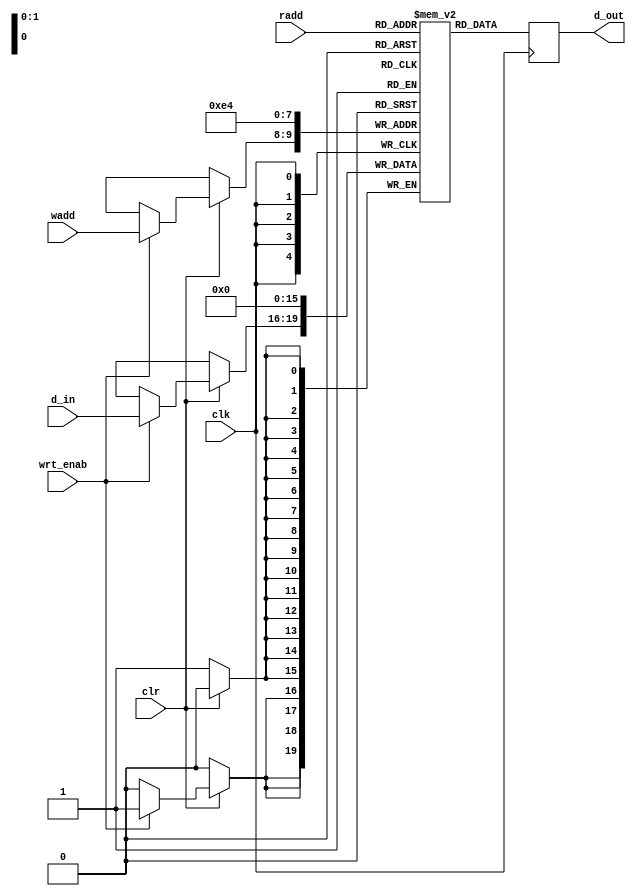
`timescale 1ns / 1ps
//////////////////////////////////////////////////////////////////////////////////////////////
// Alex Hendren
// Sean McFeely
// EE480 - Spring 2013 - Heath
// Accumulator Based Processor
//
// Parameterized Register Array 
// reg_array_param.v
// 
// + Module uses a (2^m x n) array of registers. There are 2^m registers, each 4 bits wide. 
// + Read continuously (out continuously assigned to read address (radd)).
// + Write only when write enable is high (wrt_enab)
// + Write on negedge of clock
// + Read on posedge of clock 
// + Active Low synchronous clear takes precedence
// 
////////////////////////////////////////////////////////////////////////////////////////////
module reg_array_param(clk, clr, wrt_enab, d_in, radd, wadd, d_out);
	parameter m=2;
	parameter n=4;
	input clk, wrt_enab, clr;
	input [n-1:0] d_in;
	input [m-1:0] radd, wadd;
	output reg [n-1:0] d_out;
	
	reg [n-1:0] reg_arr[((2**m)-1):0];
	
	always @(posedge clk) begin
		d_out <= reg_arr[radd];
	end
	
	always @(negedge clk) begin
		if(clr==1'b0) 
		begin:clearBlock
			integer i;
			for(i=0; i<(2**m); i=i+1) begin:clearLoop
				reg_arr[i] <= 0; 
			end
		end
		else if(wrt_enab == 1'b1)
		begin
			reg_arr[wadd]<=d_in;
		end
	end

endmodule